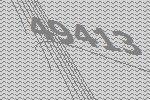
49413